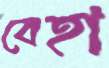
বেহা